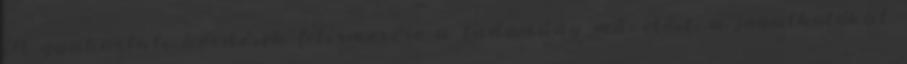
A gyakorlati kérdések felismerése a tudomány művelőit, a jogalkotókat